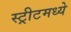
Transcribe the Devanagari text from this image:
स्ट्रीटमध्ये